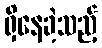
ရှိနေခဲ့သည့်